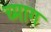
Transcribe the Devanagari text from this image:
च्माग